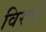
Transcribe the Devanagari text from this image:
विराने